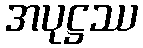
အပုဋ္ဌဿ